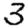
Digit: 3